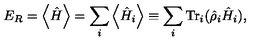
E _ { R } = \left\langle \hat { H } \right\rangle = \sum _ { i } \left\langle \hat { H } _ { i } \right\rangle \equiv \sum _ { i } \mathrm { T r } _ { i } ( \hat { \rho } _ { i } \hat { H } _ { i } ) ,